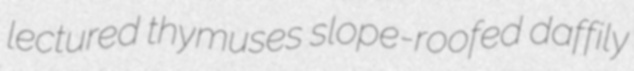
lectured thymuses slope-roofed daffily